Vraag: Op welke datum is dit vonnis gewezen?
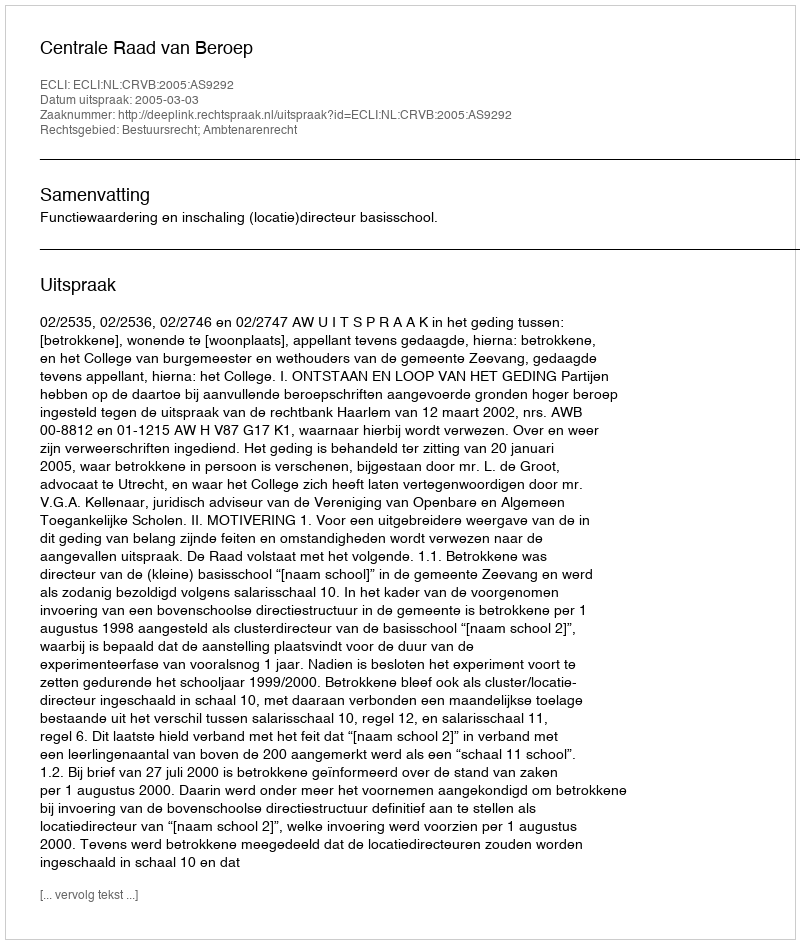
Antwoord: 2005-03-03